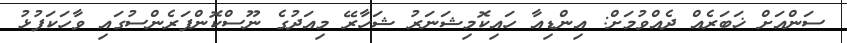
ސަންއަށް ޚަބަރެއް ދެއްވުމަށް: އިންޑިއާ ހައިކޮމިޝަނަރު ޝަހާރޭ މިއަދުގެ ނޫސްކޮންފަރެންސުގައި ވާހަކަފުޅު